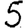
Digit: 5